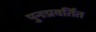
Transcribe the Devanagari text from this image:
पुनःप्रवर्तित